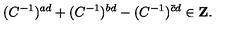
( C ^ { - 1 } ) ^ { a d } + ( C ^ { - 1 } ) ^ { b d } - ( C ^ { - 1 } ) ^ { \bar { c } d } \in { \bf Z } .